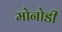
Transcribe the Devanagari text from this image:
मोनोडी